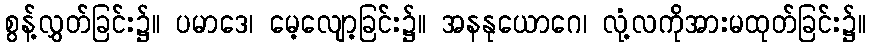
စွန့်လွှတ်ခြင်း၌။ ပမာဒေ၊ မေ့လျော့ခြင်း၌။ အနနုယောဂေ၊ လုံ့လကိုအားမထုတ်ခြင်း၌။